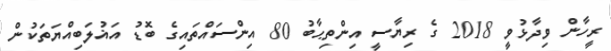
ރީހާން ވިދާޅުވީ 2018 ގެ ރިޔާސީ އިންތިޙާބު 80 އިންސައްތައިގެ ބޮޑު އަޣުލަބިއްޔަތަކުން